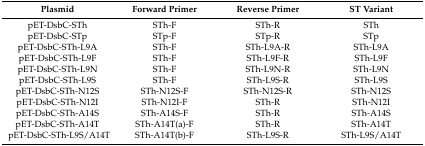
<table><thead><tr><td><b>Plasmid</b></td><td><b>Forward Primer</b></td><td><b>Reverse Primer</b></td><td><b>ST Variant</b></td></tr></thead><tbody><tr><td>pET-DsbC-STh</td><td>STh-F</td><td>STh-R</td><td>STh</td></tr><tr><td>pET-DsbC-STp</td><td>STp-F</td><td>STp-R</td><td>STp</td></tr><tr><td>pET-DsbC-STh-L9A</td><td>STh-F</td><td>STh-L9A-R</td><td>STh-L9A</td></tr><tr><td>pET-DsbC-STh-L9F</td><td>STh-F</td><td>STh-L9F-R</td><td>STh-L9F</td></tr><tr><td>pET-DsbC-STh-L9N</td><td>STh-F</td><td>STh-L9N-R</td><td>STh-L9N</td></tr><tr><td>pET-DsbC-STh-L9S</td><td>STh-F</td><td>STh-L9S-R</td><td>STh-L9S</td></tr><tr><td>pET-DsbC-STh-N12S</td><td>STh-N12S-F</td><td>STh-N12S-R</td><td>STh-N12S</td></tr><tr><td>pET-DsbC-STh-N12I</td><td>STh-N12I-F</td><td>STh-R</td><td>STh-N12I</td></tr><tr><td>pET-DsbC-STh-A14S</td><td>STh-A14S-F</td><td>STh-R</td><td>STh-A14S</td></tr><tr><td>pET-DsbC-STh-A14T</td><td>STh-A14T(a)-F</td><td>STh-R</td><td>STh-A14T</td></tr><tr><td>pET-DsbC-STh-L9S/A14T</td><td>STh-A14T(b)-F</td><td>STh-L9S-R</td><td>STh-L9S/A14T</td></tr></tbody></table>